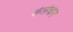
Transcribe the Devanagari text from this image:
केलेघान